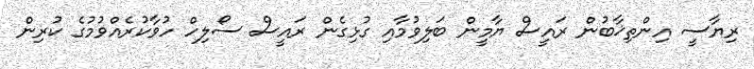
ރިޔާސީ އިންތިޚާބުން ރައީސް ޔާމީން ބަލިވުމާއި ގުޅިގެން ރައީސް ސޯލިހް ހުވާކުރެއްވުމުގެ ކުރިން